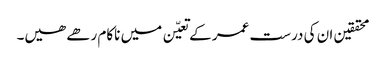
محققین ان کی درست عمر کے تعیّن میں ناکام رھے ھیں۔